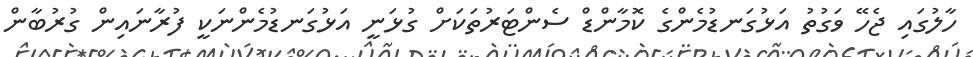
ހާލުގައި ޖެހޭ ވަގުތު އަޅުގަނޑުމެންގެ ކޮމާންޑް ސެންޓަރުތަކަށް ގުޅަނީ އަޅުގަނޑުމެންނަކީ ފުރާނައިން ގުރުބާން